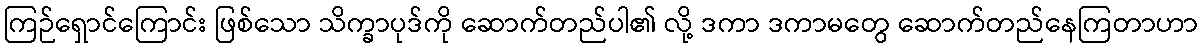
ကြဉ်ရှောင်ကြောင်း ဖြစ်သော သိက္ခာပုဒ်ကို ဆောက်တည်ပါ၏ လို့ ဒကာ ဒကာမတွေ ဆောက်တည်နေကြတာဟာ